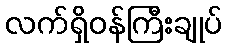
လက်ရှိဝန်ကြီးချုပ်